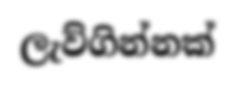
ලැව්ගින්නක්